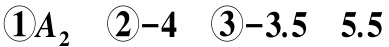
$\textcircled{1}A_{2}$  \textcircled{2}-4  \textcircled{3}-3.5  \ 5.5